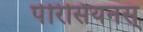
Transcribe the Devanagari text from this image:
पेरिसियनस्